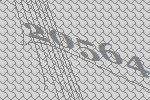
20564